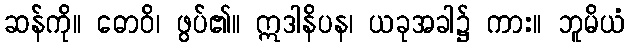
ဆန်ကို။ ဓောဝိ၊ ဖွပ်၏။ ဣဒါနိပန၊ ယခုအခါ၌ ကား။ ဘူမိယံ